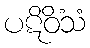
ပဋိဝိံသံ